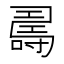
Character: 𠾉